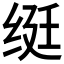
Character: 𬘩